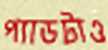
প্যাডটাও